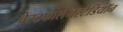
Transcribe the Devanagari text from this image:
वेस्टफालेनस्टेडियॉन